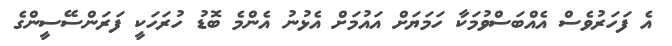
އެ ފަހަރުވެސް އެއްބަސްވުމަކާ ހަމަޔަށް އައުމަށް އެޅުނު އެންމެ ބޮޑު ހުރަހަކީ ފަރަންސޭސީންގެ